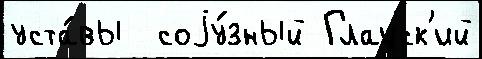
уста́вы  соjу́зный Глацск'ий